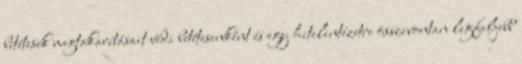
betétesek megtakarításait védi betétesenként és egy hitelintézetre összevontan legfeljebb